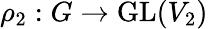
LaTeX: \rho_{2}:G\to{\mathrm{GL}}(V_{2})